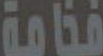
فخامة